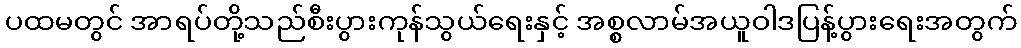
ပထမတွင် အာရပ်တို့သည်စီးပွားကုန်သွယ်ရေးနှင့် အစ္စလာမ်အယူဝါဒပြန့်ပွားရေးအတွက်